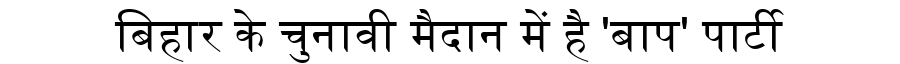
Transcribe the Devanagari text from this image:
बिहार के चुनावी मैदान में है 'बाप' पार्टी